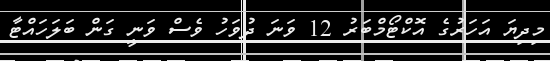
މިދިޔަ އަހަރުގެ އޮކްޓޯމްބަރު 12 ވަނަ ދުވަހު ވެސް ވަނީ ގަން ބަލަހައްޓާ